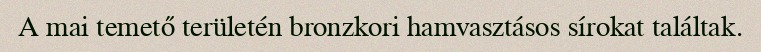
A mai temető területén bronzkori hamvasztásos sírokat találtak.